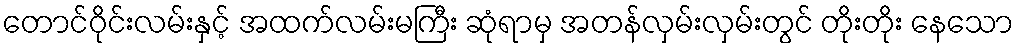
တောင်ဝိုင်းလမ်းနှင့် အထက်လမ်းမကြီး ဆုံရာမှ အတန်လှမ်းလှမ်းတွင် တိုးတိုး နေသော